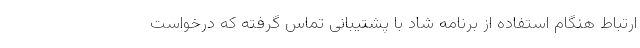
ارتباط هنگام استفاده از برنامه شاد با پشتیبانی تماس گرفته که درخواست